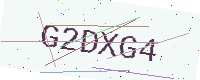
Text: G2DXG4